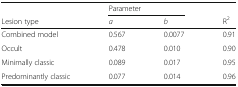
<table><thead><tr><td></td><td colspan="2"><b>Parameter</b></td><td></td></tr><tr><td><b>Lesion type</b></td><td><b><i>a</i></b></td><td><b><i>b</i></b></td><td><b>R<sup>2</sup></b></td></tr></thead><tbody><tr><td>Combined model</td><td>0.567</td><td>0.0077</td><td>0.91</td></tr><tr><td>Occult</td><td>0.478</td><td>0.010</td><td>0.90</td></tr><tr><td>Minimally classic</td><td>0.089</td><td>0.017</td><td>0.95</td></tr><tr><td>Predominantly classic</td><td>0.077</td><td>0.014</td><td>0.96</td></tr></tbody></table>